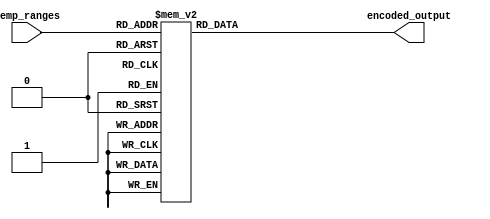
module thermal_encoder (
    input wire [3:0] temp_ranges, // 4-bit input representing temperature ranges
    output reg [1:0] encoded_output // 2-bit output for encoded temperature range
);

    always @(*) begin
        case (temp_ranges)
            4'b0001: encoded_output = 2'b00; // 0-25C
            4'b0010: encoded_output = 2'b01; // 26-50C
            4'b0100: encoded_output = 2'b10; // 51-75C
            4'b1000: encoded_output = 2'b11; // 76-100C
            4'b0011: encoded_output = 2'b00; // 0-25C (priority to lower range)
            4'b0101: encoded_output = 2'b01; // 26-50C (priority to lower range)
            4'b1001: encoded_output = 2'b00; // 0-25C (priority to lower range)
            4'b1010: encoded_output = 2'b01; // 26-50C (priority to lower range)
            4'b1100: encoded_output = 2'b10; // 51-75C (priority to lower range)
            4'b0110: encoded_output = 2'b01; // 26-50C (priority to lower range)
            4'b1110: encoded_output = 2'b10; // 51-75C (priority to lower range)
            4'b1111: encoded_output = 2'b10; // 51-75C (priority to lower range)
            default: encoded_output = 2'b00; // Default output when no inputs are active
        endcase
    end

endmodule